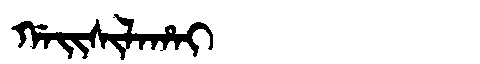
Manchu: ᡤᠠᡳᠰᡳᠯᠠᡥᠠᡳ
Romanization: GAISILAHAI